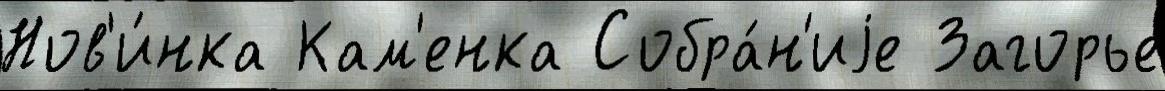
Нов'и́нка Кам'енка Собра́н'иjе Загорье